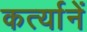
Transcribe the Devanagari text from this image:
कर्त्यानें